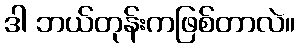
ဒါ ဘယ်တုန်းကဖြစ်တာလဲ။